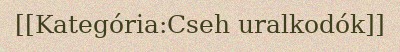
[[Kategória:Cseh uralkodók]]